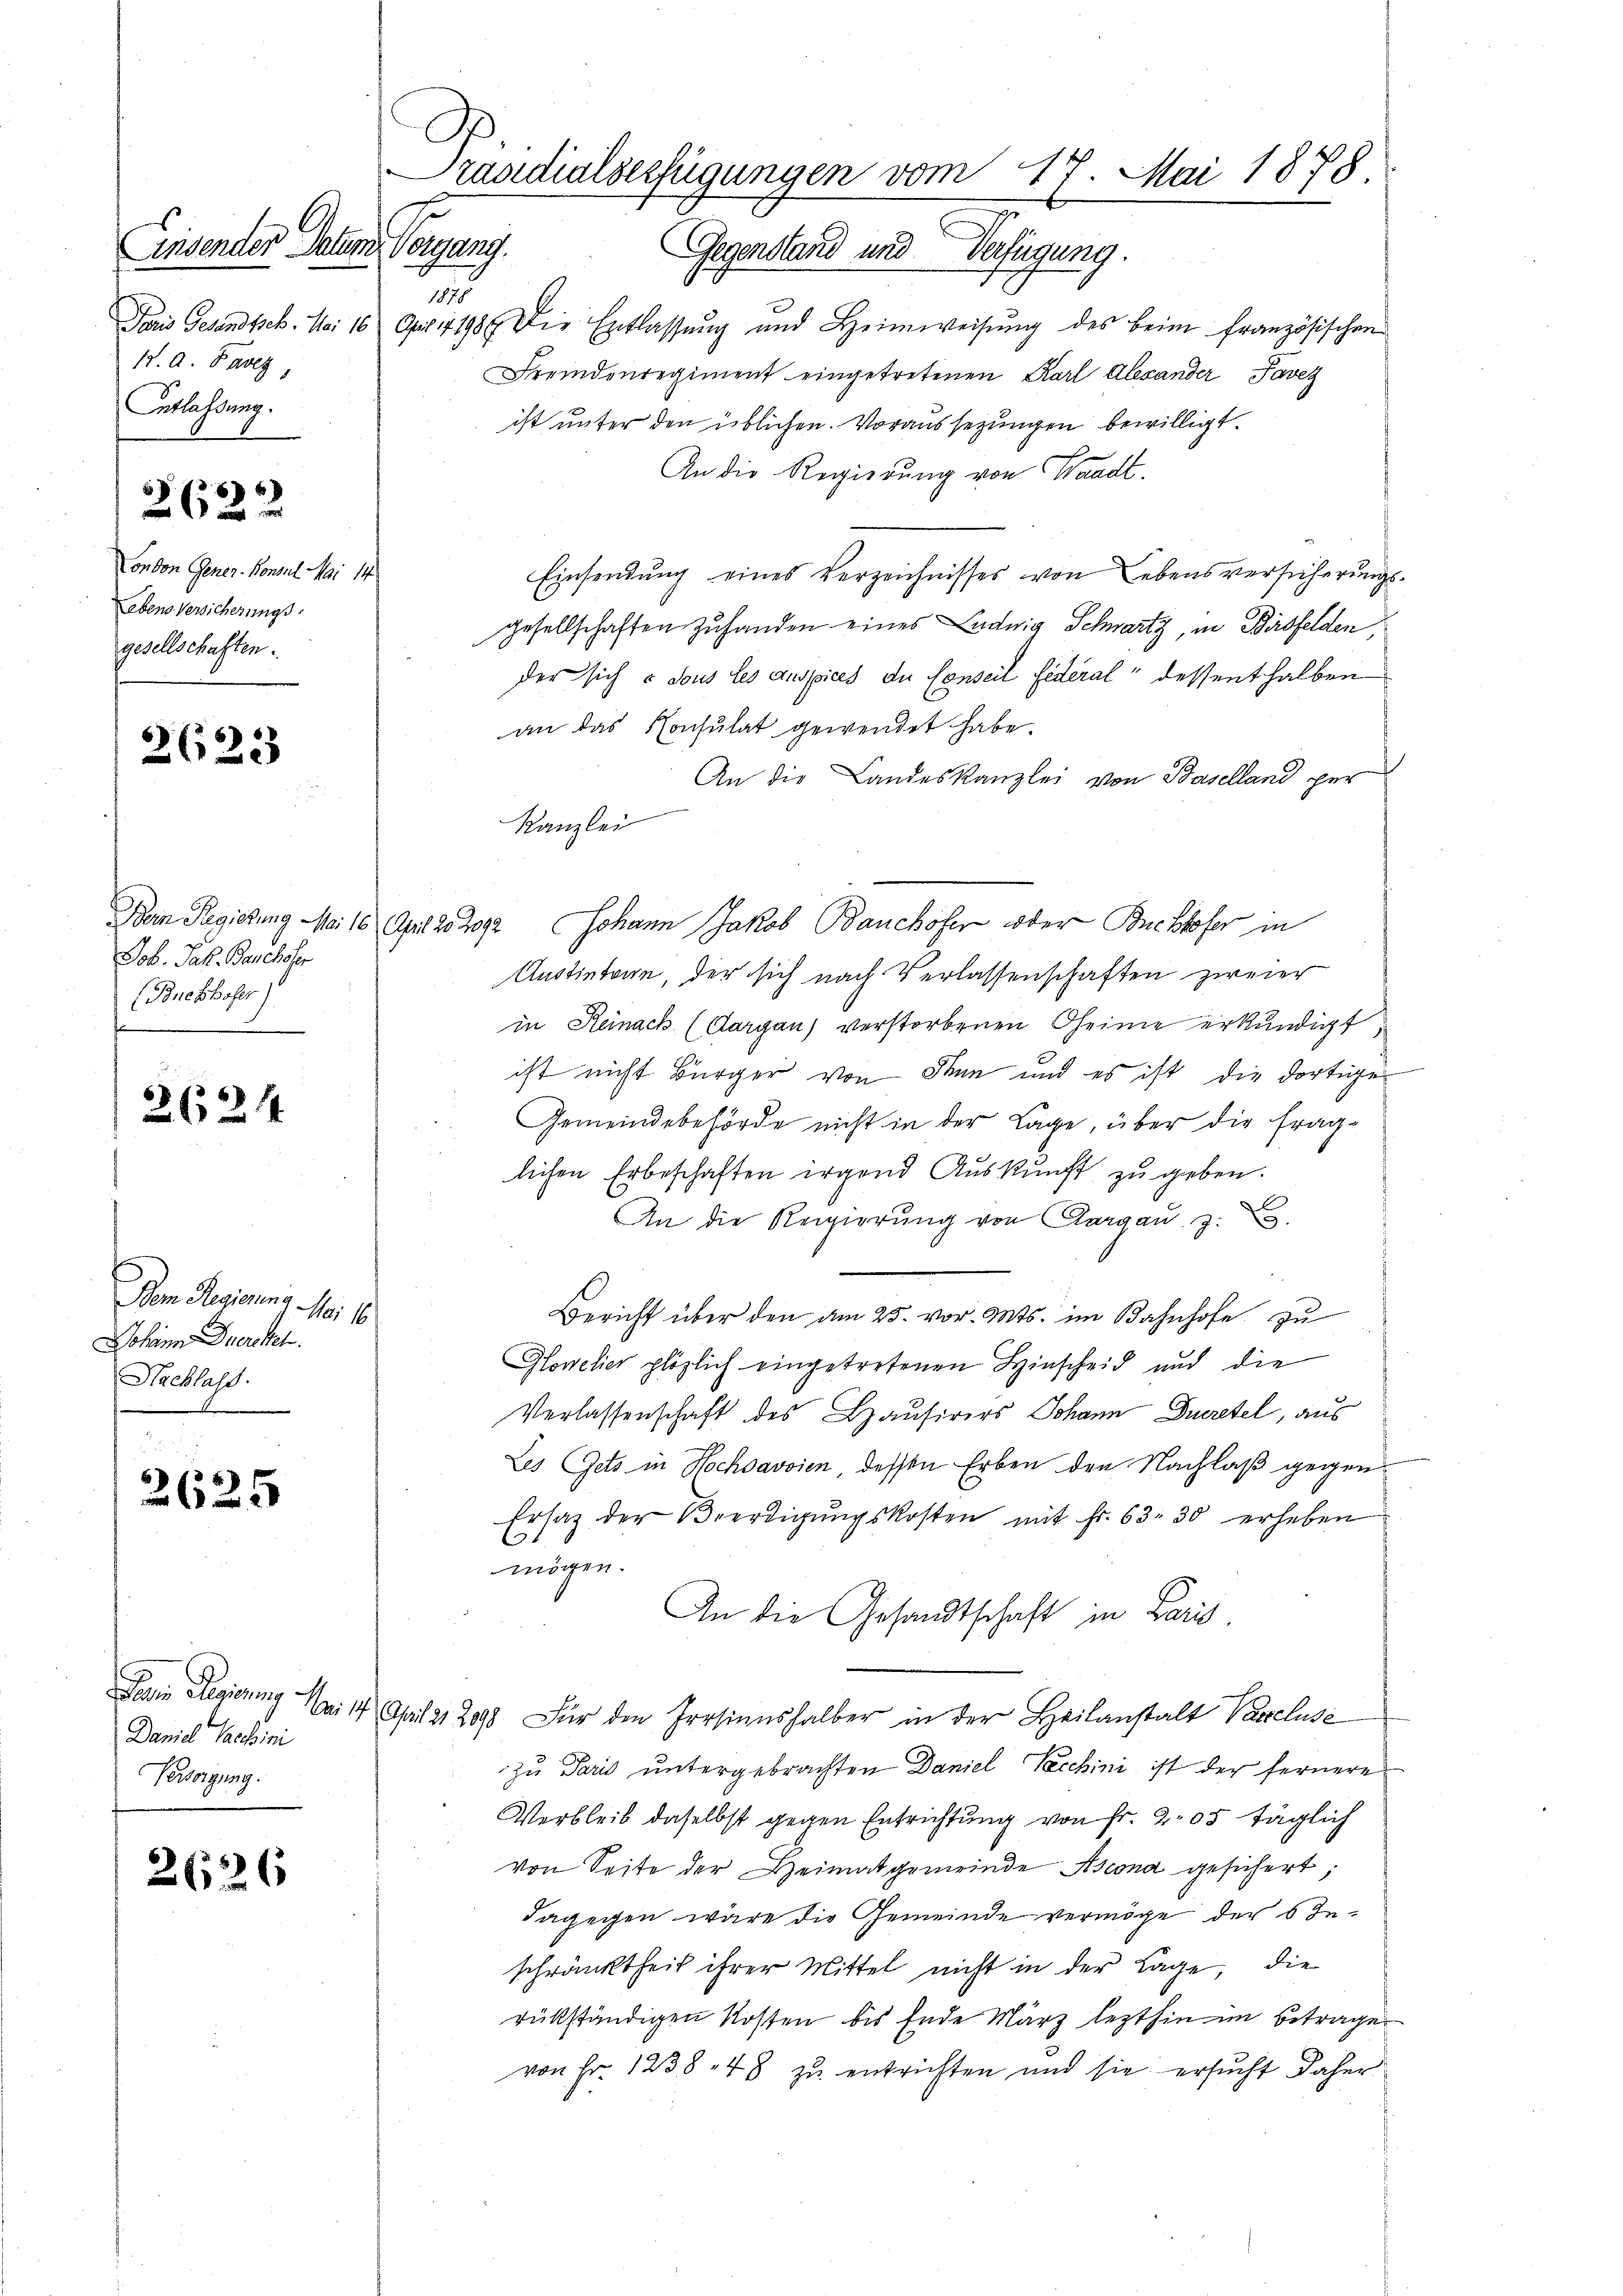
insender Datum Vorgani
1878
17. A. Bavez
Entlassung.

2622

Condon Gener. Konsul Mai 14
Lebens Versicherungs
gesellschaften.

2623

Job. Jak. Bachofer
(Bnchhofer

2624

Vom Regierung Nr. 1
Johann Duercket.
Nachlass

2625

Daniel Schini
Versorgung.

2626

Präsidialverfügungen vom 14.
Mai 1878.
Gegensland und Verfügung.

Paris Gesandtsch. Mai 16 Art. 4198. Die Entlassŭng und Heimweisŭng des beim französischen
Fremdenregiment eingetretenen Karl Alexander Taveg
ist unter den üblichen. Voraussezungen bewilligt.
An die Regierung von Waadt.
Einsendung eines Verzeichnisses von Lebensversicherungsgesellschaften Zuhanden eines Ludwig Schwartz, in Birsfelden,
der sich u sous les ausspices du Conseil Federal dessenthalben
an das Konsulat gewendet habe.
An die Landeskanzlei von Baselland per
Kanzlei
Bein Regierung Mai 16. April 25 2092 Johann Jakob Bauchofer oder Buchhofer in
Austintern, der sich nach Verlassenschaften zweier
in Reinach (Aargau) verstorbenen Oheime erkundigt
ist nicht Bürger von Sinn und es ist die dortige
Gemeindebehörde nicht in der Lage, über die fraglichen Erbeschaften irgend Auskunft zu geben.
An die Regierŭng von Aargau, z.
Bericht über den am 25. vor. Mts. im Bahnhofe zu
Glowelier plözlich eingetretenen Hinscheid und die
Verlassenschaft des Hausirers Johann Durstel, aus
Les Gets in Hochsavoien dessen Erben den Nachlaß gegen¬
Ersatz der Beerdigŭngskosten mit Fr. 63. 30 erheben
1
mögen.
An die Gesandtschaft in Paris,
Gain Regierung Mai 14 April a 2090 Für den Persinnshalber in der Heilanstalt Vanclusi
zu Paris untergebrachten Daniel Pecchini ist der fernere
Verbleib daselbst gegen Entrichtung von fr. 205 täglich
von Seite der Heimatgemeinde Ascona gesichert;
dagegen wäre die Gemeinde vermöge der 6 Jeschränktheit ihrer Mittel nicht in der Lage, die
rükständigen Kosten bis Ende März lezthin im Betrage
von Fr. 1238. 48 zu entrichten und sie ersucht daher

g